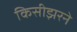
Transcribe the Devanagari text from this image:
किसीझरने